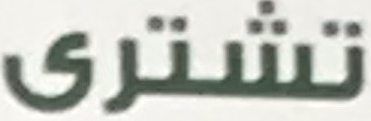
تشرى